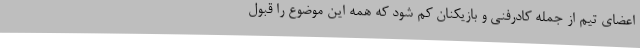
اعضای تیم از جمله ‌کادرفنی و بازیکنان کم شود که همه این موضوع را قبول